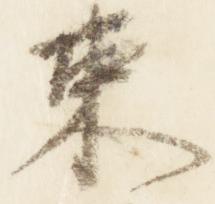
束